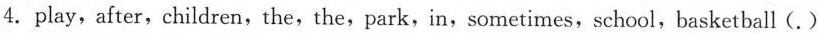
4.play,after,children,the,the,park,in,sometimes, school,basketball (.)